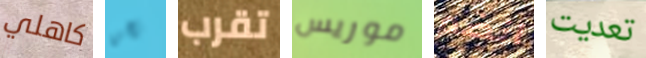
كاهلي نحن تقرب موريس انضم تعديت